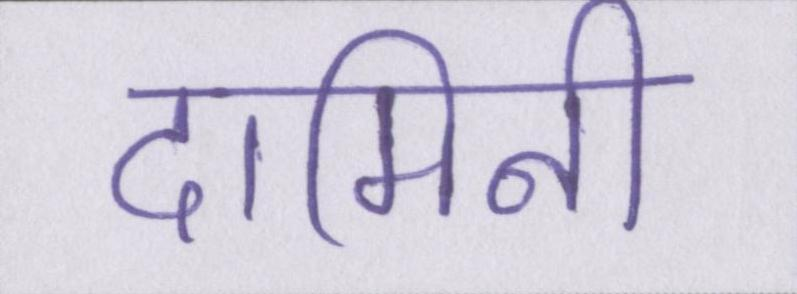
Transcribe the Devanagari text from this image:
दामिनी